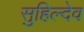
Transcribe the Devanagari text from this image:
सुहिल्देव